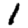
Digit: 1